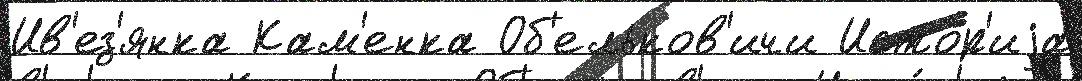
Ив'ез'янка Кам'енка Об'ельков'ичи Исто́р'иjа